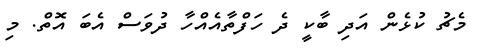
މެޗު ކުޅެން އަދި ބާކީ ދެ ހަފްތާއެއްހާ ދުވަސް އެބަ އޮތް. މި